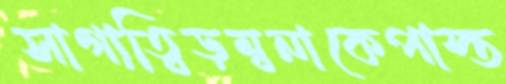
সাগাত্বিড়ম্বনাকেপাস্ত